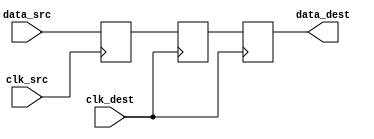
module pulsed_synchronizer #(
    parameter WIDTH = 1 // Width of the data signal
)(
    input wire clk_src,         // Clock signal from the source domain
    input wire clk_dest,        // Clock signal from the destination domain
    input wire [WIDTH-1:0] data_src, // Data signal from the source domain
    output reg [WIDTH-1:0] data_dest // Synchronized data signal aligned with the destination clock
);

    // Internal signals for the flip-flops
    reg [WIDTH-1:0] sync_ff1; // First flip-flop output
    reg [WIDTH-1:0] sync_ff2; // Second flip-flop output

    // Pulse generator signal
    reg pulse;

    // Generate pulse on the rising edge of clk_src
    always @(posedge clk_src) begin
        pulse <= 1'b1; // Generate pulse
    end

    // Reset pulse after one clock cycle
    always @(posedge clk_src) begin
        if (pulse) begin
            pulse <= 1'b0; // Reset pulse
        end
    end

    // First flip-flop: Capture data from source clock domain
    always @(posedge clk_src) begin
        sync_ff1 <= data_src; // Capture data
    end

    // Second flip-flop: Synchronize data to destination clock domain
    always @(posedge clk_dest) begin
        sync_ff2 <= sync_ff1; // Transfer data to destination clock
        data_dest <= sync_ff2; // Output synchronized data
    end

endmodule